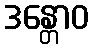
ဒန္တောဝ